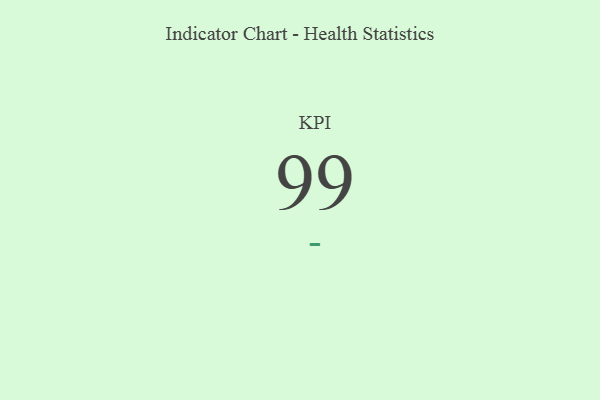
{"axis": {"x": "KPI", "y": "Value"}, "legend": [""], "data": [{"x": "KPI", "y": 99, "type": ""}]}